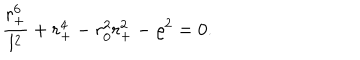
{ \frac { r _ { + } ^ { 6 } } { l ^ { 2 } } } + r _ { + } ^ { 4 } - r _ { 0 } ^ { 2 } r _ { + } ^ { 2 } - \varrho ^ { 2 } = 0 .